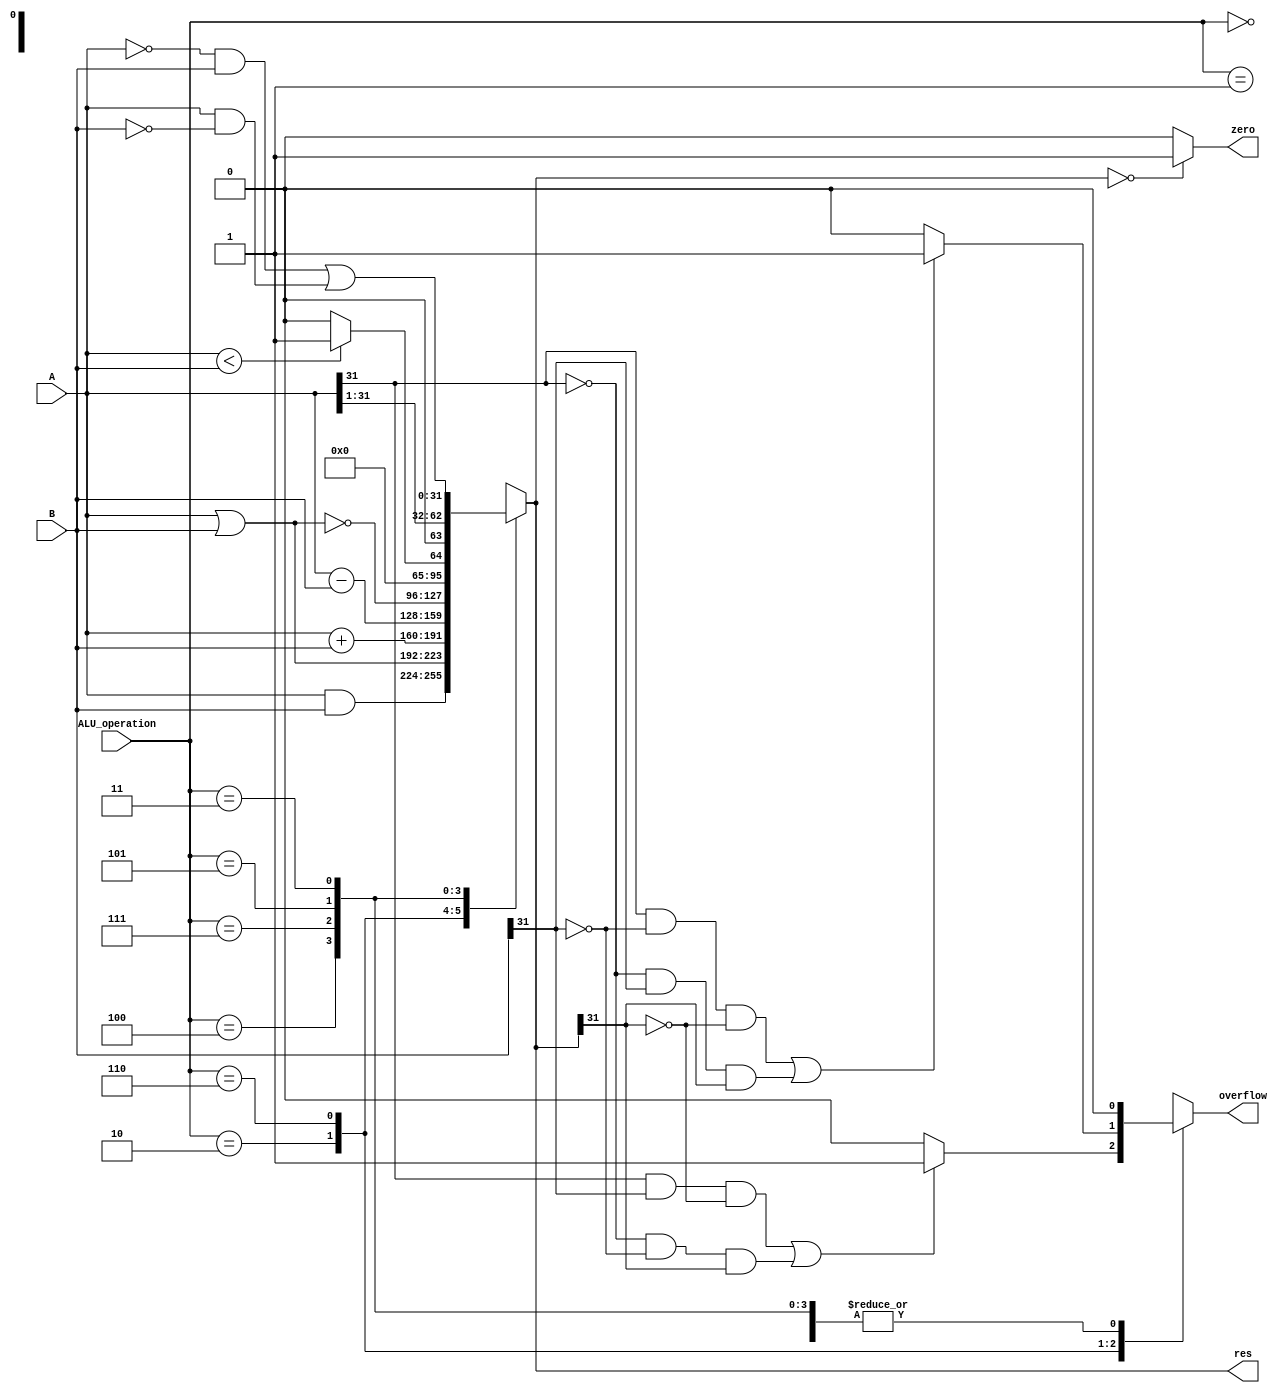
`timescale 1ns / 1ps

// nexys3MIPSSoC is a MIPS implementation originated from COAD projects
// Copyright (C) 2014  @Wenri, @dtopn, @Speed
//
// This program is free software: you can redistribute it and/or modify
// it under the terms of the GNU General Public License as published by
// the Free Software Foundation, either version 3 of the License, or
// (at your option) any later version.
//
// This program is distributed in the hope that it will be useful,
// but WITHOUT ANY WARRANTY; without even the implied warranty of
// MERCHANTABILITY or FITNESS FOR A PARTICULAR PURPOSE.  See the
// GNU General Public License for more details.
//
// You should have received a copy of the GNU General Public License
// along with this program.  If not, see <http://www.gnu.org/licenses/>.

module alu(
	input [31:0] A,
	input [31:0] B,
	input [2:0] ALU_operation,
	output [31:0] res,
	output zero,
	output reg overflow
    );
wire [31:0] res_and,res_or,res_add,res_sub,res_nor,res_slt;
reg [31:0] res_op;
parameter one = 32'h00000001,zero_0=32'h00000000;

assign res_and = A&B;
assign res_or = A|B;
assign res_add = A+B;
assign res_sub = A-B;
assign res_slt = (A<B)?one:zero_0;
assign res = res_op[31:0];

always @(*) begin
	overflow = 0;
	case(ALU_operation)
		3'b000: res_op = res_and;
		3'b001: res_op = res_or;
		3'b010: begin
					res_op = res_add;
					if ((A[31:31]&B[31:31]&~res[31:31]) | (~A[31:31]&~B[31:31]&res[31:31]))
						overflow = 1;
				  end
		3'b110: begin
					res_op = res_sub;
					if ((A[31:31]&~B[31:31]&~res[31:31]) | (~A[31:31]&B[31:31]&res[31:31]))
						overflow = 1;
				  end
		3'b100: res_op = ~(A|B);
		3'b111: res_op = res_slt;
		3'b101: res_op = A >> 1;
		3'b011: res_op = (~A&B) | (A&~B);
		default: res_op=32'hxxxxxxxx;
	endcase
end
	assign zero = (res==0)?1:0;
endmodule